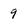
Character: 9